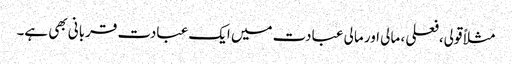
مثلاً قولی،فعلی ، مالی اور مالی عبادت میں ایک عبادت قربانی بھی ہے۔